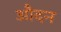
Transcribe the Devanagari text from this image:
औदन